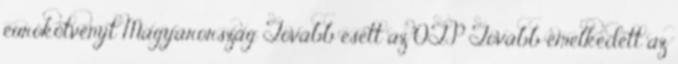
eurókötvényt Magyarország Tovább esett az OTP Tovább emelkedett az